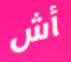
أش